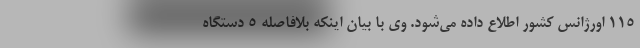
۱۱۵ اورژانس کشور اطلاع داده می‌شود. وی با بیان اینکه بلافاصله ۵ دستگاه